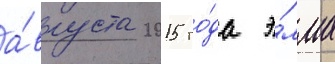
а́вгуста 2015 го́да э́мма